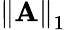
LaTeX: \left\Vert\mathbf{A}\right\Vert_{1}